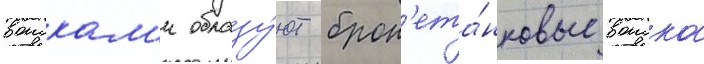
воискам'и образу́ют брон'ета́нковые воиска